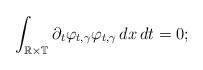
LaTeX: \begin{align*}\int_{\mathbb R\times\mathbb T}\partial_t\varphi_{t,\gamma}\varphi_{t,\gamma}\,dx\,dt=0;\end{align*}